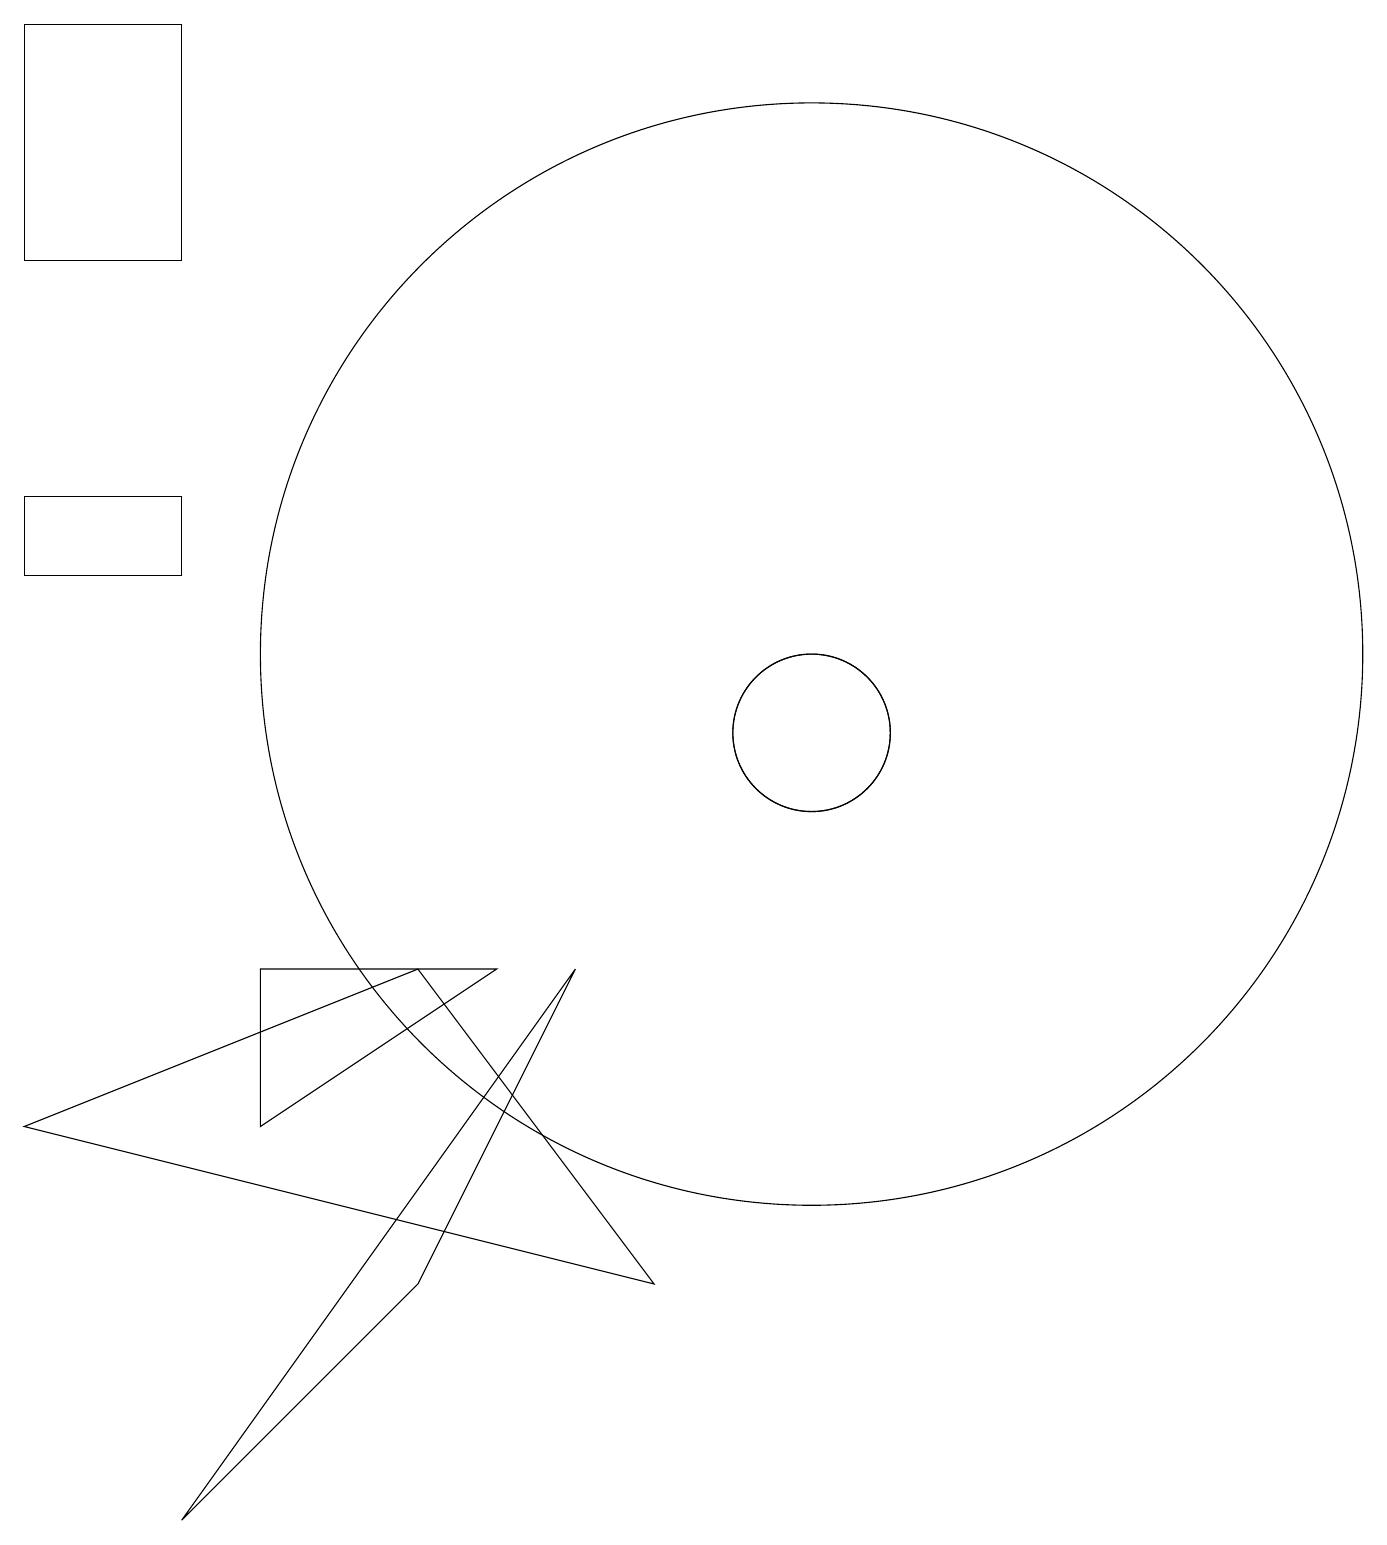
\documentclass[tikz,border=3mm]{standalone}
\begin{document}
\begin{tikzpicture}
\draw (6,7) -- (9,3) -- (1,5) -- cycle;
\draw (7,7) -- (4,7) -- (4,5) -- cycle;
\draw (1,13) rectangle (3,12);
\draw (11,11) circle (7);
\draw (8,7) -- (6,3) -- (3,0) -- cycle;
\draw (11,10) circle (1);
\draw (11,10) circle (1);
\draw (1,19) rectangle (3,16);
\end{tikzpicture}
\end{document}